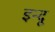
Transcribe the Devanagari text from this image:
इन्‍दू